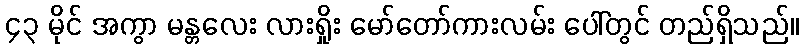
၄၃ မိုင် အကွာ မန္တလေး လားရှိုး မော်တော်ကားလမ်း ပေါ်တွင် တည်ရှိသည်။